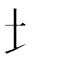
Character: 㘯